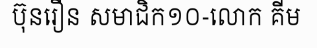
ប៊ុនរឿន សមាជិក១០-លោក គីម